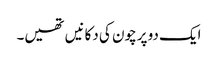
ایک دو پرچون کی دکانیں تھیں۔